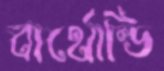
বার্থোল্ডি